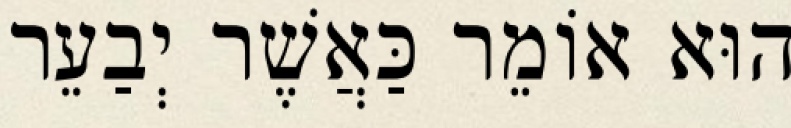
הוּא אוֹמֵר כַּאֲשֶׁר יְבַעֵר